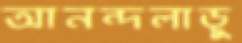
আনন্দলাড়ু